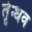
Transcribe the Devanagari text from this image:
र्तृन्धव